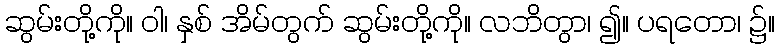
ဆွမ်းတို့ကို။ ဝါ၊ နှစ် အိမ်တွက် ဆွမ်းတို့ကို။ လဘိတွာ၊ ၍။ ပရတော၊ ၌။